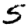
Digit: 5